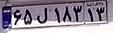
۶۵ل۱۸۳۱۳